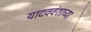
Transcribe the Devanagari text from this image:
यादववंशाच्या